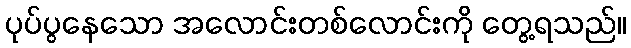
ပုပ်ပွနေသော အလောင်းတစ်လောင်းကို တွေ့ရသည်။